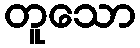
တူသော